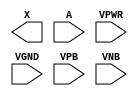
/**
 * Copyright 2020 The SkyWater PDK Authors
 *
 * Licensed under the Apache License, Version 2.0 (the "License");
 * you may not use this file except in compliance with the License.
 * You may obtain a copy of the License at
 *
 *     https://www.apache.org/licenses/LICENSE-2.0
 *
 * Unless required by applicable law or agreed to in writing, software
 * distributed under the License is distributed on an "AS IS" BASIS,
 * WITHOUT WARRANTIES OR CONDITIONS OF ANY KIND, either express or implied.
 * See the License for the specific language governing permissions and
 * limitations under the License.
 *
 * SPDX-License-Identifier: Apache-2.0
 */

`ifndef SKY130_FD_SC_MS__DLYMETAL6S2S_PP_BLACKBOX_V
`define SKY130_FD_SC_MS__DLYMETAL6S2S_PP_BLACKBOX_V

/**
 * dlymetal6s2s: 6-inverter delay with output from 2nd stage on
 *               horizontal route.
 *
 * Verilog stub definition (black box with power pins).
 *
 * WARNING: This file is autogenerated, do not modify directly!
 */

`timescale 1ns / 1ps
`default_nettype none

(* blackbox *)
module sky130_fd_sc_ms__dlymetal6s2s (
    X   ,
    A   ,
    VPWR,
    VGND,
    VPB ,
    VNB
);

    output X   ;
    input  A   ;
    input  VPWR;
    input  VGND;
    input  VPB ;
    input  VNB ;
endmodule

`default_nettype wire
`endif  // SKY130_FD_SC_MS__DLYMETAL6S2S_PP_BLACKBOX_V